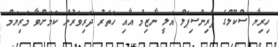
ހިރިޔާ ސްކޫލްގެ ޕްރިންސިޕަލް އަލީ ނާޒިމް އާއި ހަތަރު ދަރިވަރުން ކަމަށްވާ މަރިޔަމް